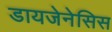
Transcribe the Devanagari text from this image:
डायजेनेसिस